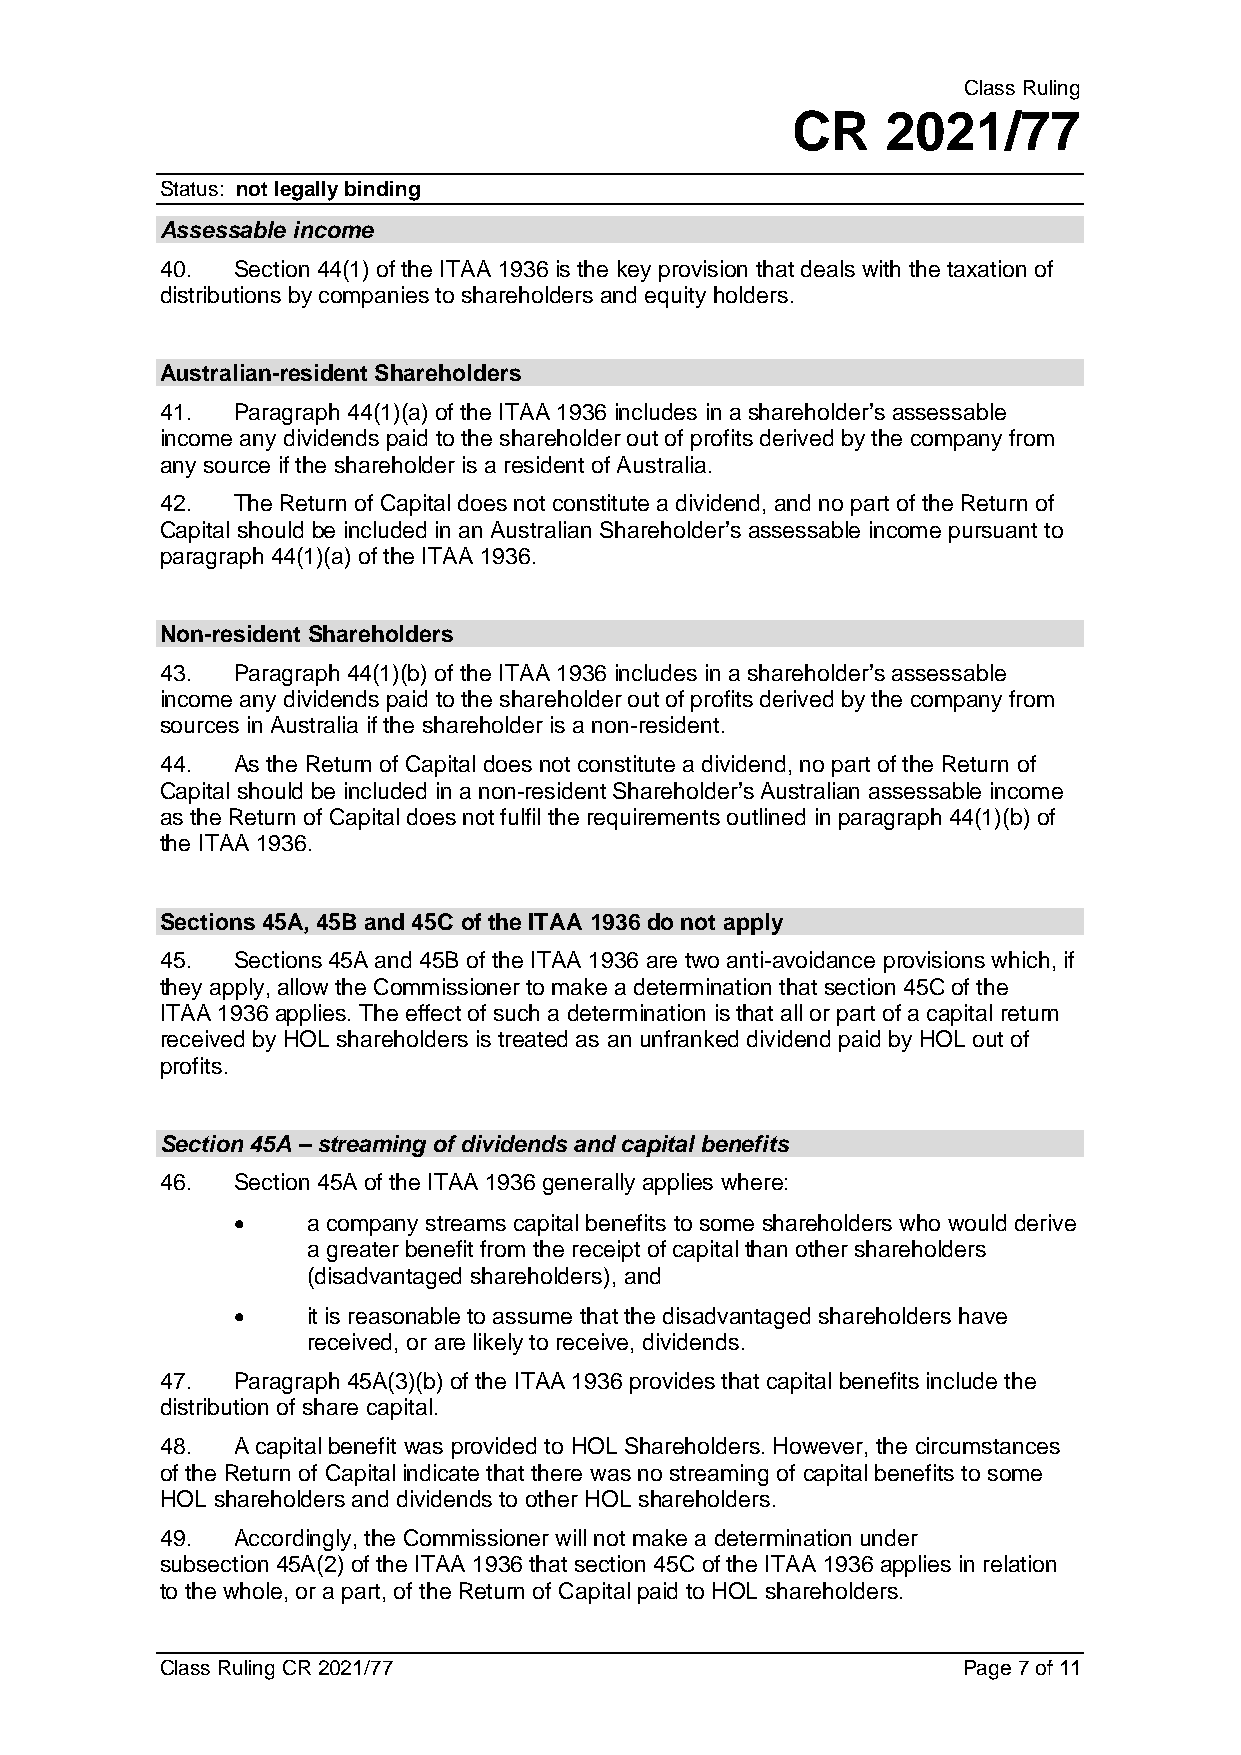
Class Ruling
 CR     2021/77
 Status: not legally binding
 Assessable income
 40. Section 44(1) of the ITAA 1936 is the key provision that deals with the taxation of
 distributions by companies to shareholders and equity holders.
 Australian-resident Shareholders
 41. Paragraph 44(1)(a) of the ITAA 1936 includes in a shareholder’s assessable
 income any dividends paid to the shareholder out of profits derived by the company from
 any source if the shareholder is a resident of Australia.
 42. The Return of Capital does not constitute a dividend, and no part of the Return of
 Capital should be included in an Australian Shareholder’s assessable income pursuant to
 paragraph 44(1)(a) of the ITAA 1936.
 Non-resident Shareholders
 43. Paragraph 44(1)(b) of the ITAA 1936 includes in a shareholder’s assessable
 income any dividends paid to the shareholder out of profits derived by the company from
 sources in Australia if the shareholder is a non-resident.
 44. As the Return of Capital does not constitute a dividend, no part of the Return of
 Capital should be included in a non-resident Shareholder’s Australian assessable income
 as the Return of Capital does not fulfil the requirements outlined in paragraph 44(1)(b) of
 the ITAA 1936.
 Sections 45A, 45B and 45C of the ITAA 1936 do not apply
 45. Sections 45A and 45B of the ITAA 1936 are two anti-avoidance provisions which, if
 they apply, allow the Commissioner to make a determination that section 45C of the
 ITAA 1936 applies. The effect of such a determination is that all or part of a capital return
 received by HOL shareholders is treated as an unfranked dividend paid by HOL out of
 profits.
 Section 45A – streaming of dividends and capital benefits
 46. Section 45A of the ITAA 1936 generally applies where:
 •    a company streams capital benefits to some shareholders who would derive
 a greater benefit from the receipt of capital than other shareholders
 (disadvantaged shareholders), and
 •    it is reasonable to assume that the disadvantaged shareholders have
 received, or are likely to receive, dividends.
 47. Paragraph 45A(3)(b) of the ITAA 1936 provides that capital benefits include the
 distribution of share capital.
 48. A capital benefit was provided to HOL Shareholders. However, the circumstances
 of the Return of Capital indicate that there was no streaming of capital benefits to some
 HOL shareholders and dividends to other HOL shareholders.
 49. Accordingly, the Commissioner will not make a determination under
 subsection 45A(2) of the ITAA 1936 that section 45C of the ITAA 1936 applies in relation
 to the whole, or a part, of the Return of Capital paid to HOL shareholders.
 Class Ruling CR 2021/77                              Page 7 of 11